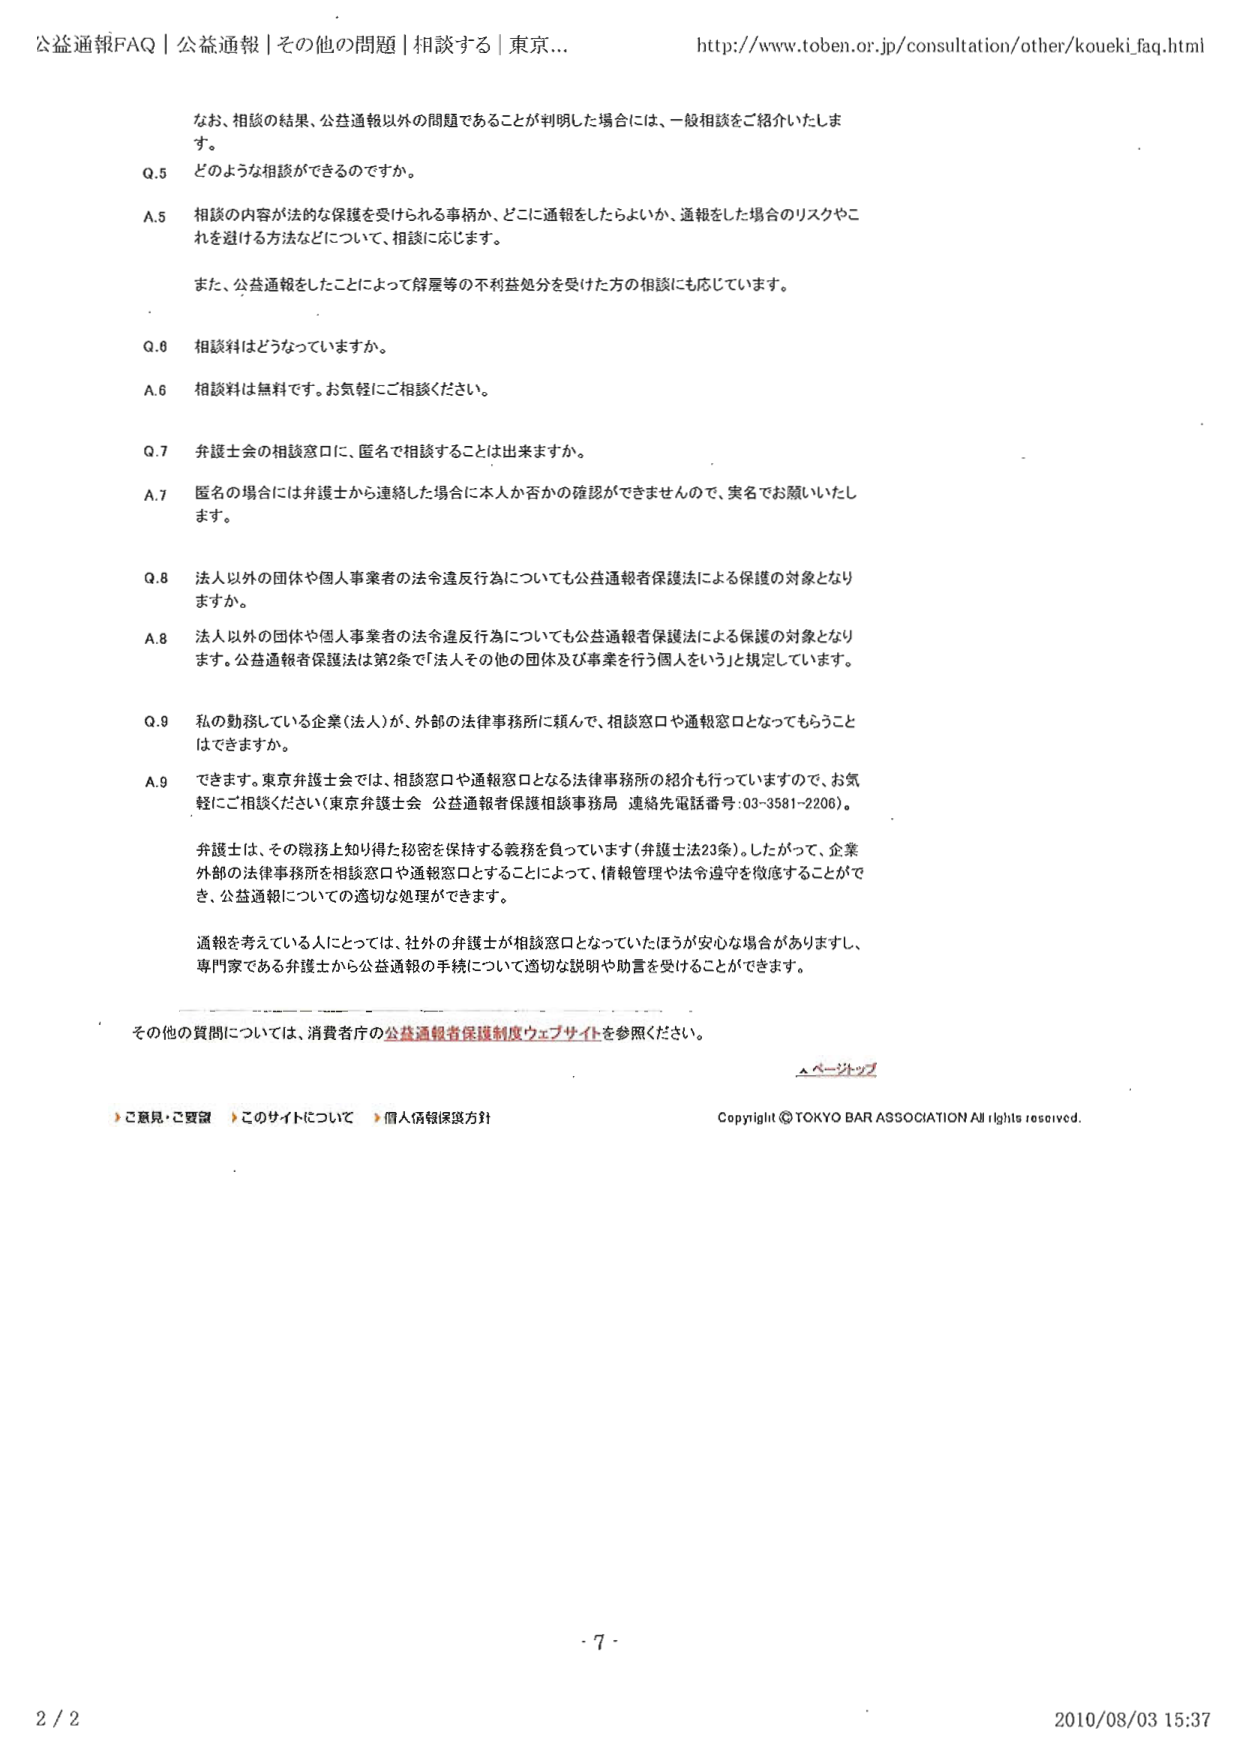
公益通報FAQ｜公益通報｜その他の問題｜相談する｜東京...
http://www.toben.or.jp/consultation/other/koueki_faq.html

なお、相談の結果、公益通報以外の問題であることが判明した場合には、一般相談をご紹介いたします。

Q.5 どのような相談ができるのですか。

A.5 相談の内容が法的な保護を受けられる事柄か、どこに通報をしたらよいか、通報をした場合のリスクやこれを避ける方法などについて、相談に応じます。

また、公益通報をしたことによって解雇等の不利益処分を受けた方の相談にも応じています。

Q.6 相談料はどうなっていますか。

A.6 相談料は無料です。お気軽にご相談ください。

Q.7 弁護士会の相談窓口に、匿名で相談することは出来ますか。

A.7 匿名の場合には弁護士から連絡した場合に本人か否かの確認ができませんので、実名でお願いいたします。

Q.8 法人以外の団体や個人事業者の法令違反行為についても公益通報者保護法による保護の対象となりますか。

A.8 法人以外の団体や個人事業者の法令違反行為についても公益通報者保護法による保護の対象となります。公益通報者保護法は第2条で「法人その他の団体及び事業を行う個人をいう」と規定しています。

Q.9 私の勤務している企業（法人）が、外部の法律事務所に頼んで、相談窓口や通報窓口となってもらうことはできますか。

A.9 できます。東京弁護士会では、相談窓口や通報窓口となる法律事務所の紹介も行っていますので、お気軽にご相談ください（東京弁護士会 公益通報者保護相談事務局 連絡先電話番号：03-3581-2206）。

弁護士は、その職務上知り得た秘密を保持する義務を負っています（弁護士法23条）。したがって、企業外部の法律事務所を相談窓口や通報窓口とすることによって、情報管理や法令遵守を徹底することができ、公益通報についての適切な処理ができます。

通報を考えている人にとっては、社外の弁護士が相談窓口となっていたほうが安心な場合がありますし、専門家である弁護士から公益通報の手続について適切な説明や助言を受けることができます。

その他の質問については、消費者庁の公益通報者保護制度ウェブサイトを参照ください。

▲ページトップ

▶ご意見・ご要望 ▶このサイトについて ▶個人情報保護方針

Copyright © TOKYO BAR ASSOCIATION All rights reserved.

- 7 -

2 / 2
2010/08/03 15:37